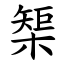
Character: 榘